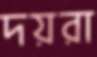
দয়রা